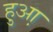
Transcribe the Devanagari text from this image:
हुआ़